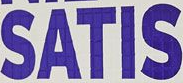
SATIS